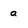
Character: a